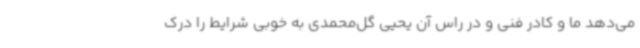
می‌دهد ما و کادر فنی و در راس آن یحیی گل‌محمدی به خوبی شرایط را درک